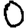
Digit: 0